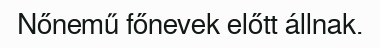
Nőnemű főnevek előtt állnak.